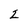
Character: 2